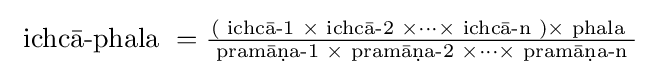
{\text{ ichcā-phala }}={\tfrac {({\text{ ichcā-1 }}\times {\text{ ichcā-2 }}\times \cdots \times {\text{ ichcā-n }})\times {\text{ phala }}}{{\text{ pramāṇa-1 }}\times {\text{ pramāṇa-2 }}\times \cdots \times {\text{ pramāṇa-n }}}}